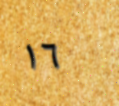
١٦